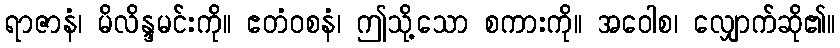
ရာဇာနံ၊ မိလိန္ဒမင်းကို။ ဧတံဝစနံ၊ ဤသို့သော စကားကို။ အဝေါစ၊ လျှောက်ဆို၏။